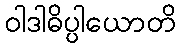
ဝါဒါဓိပ္ပါယောတိ